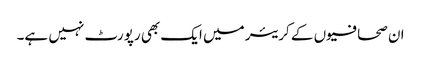
ان صحافیوں کے کریئر میں ایک بھی رپورٹ نہیں ہے۔